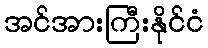
အင်အားကြီးနိုင်ငံ